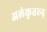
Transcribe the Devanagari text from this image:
अलंकृतरूढ़